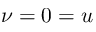
\nu = 0 = u